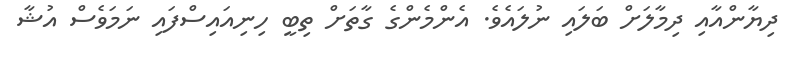
ދިޔާންއާއި ދިމާލަށް ބަލައި ނުލައެވެ. އެންމެންގެ ގާތަށް ތިބީ ހިނިއައިސްފައި ނަމަވެސް އުޝާ